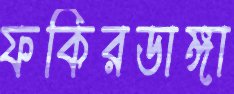
ফকিরডাঙ্গা